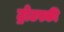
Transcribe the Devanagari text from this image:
ट्रोटस्की